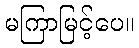
မကြာမြင့်ပေ။